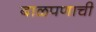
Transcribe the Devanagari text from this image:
बाळपणाची